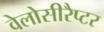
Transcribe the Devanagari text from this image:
वेलोसीरैप्टर